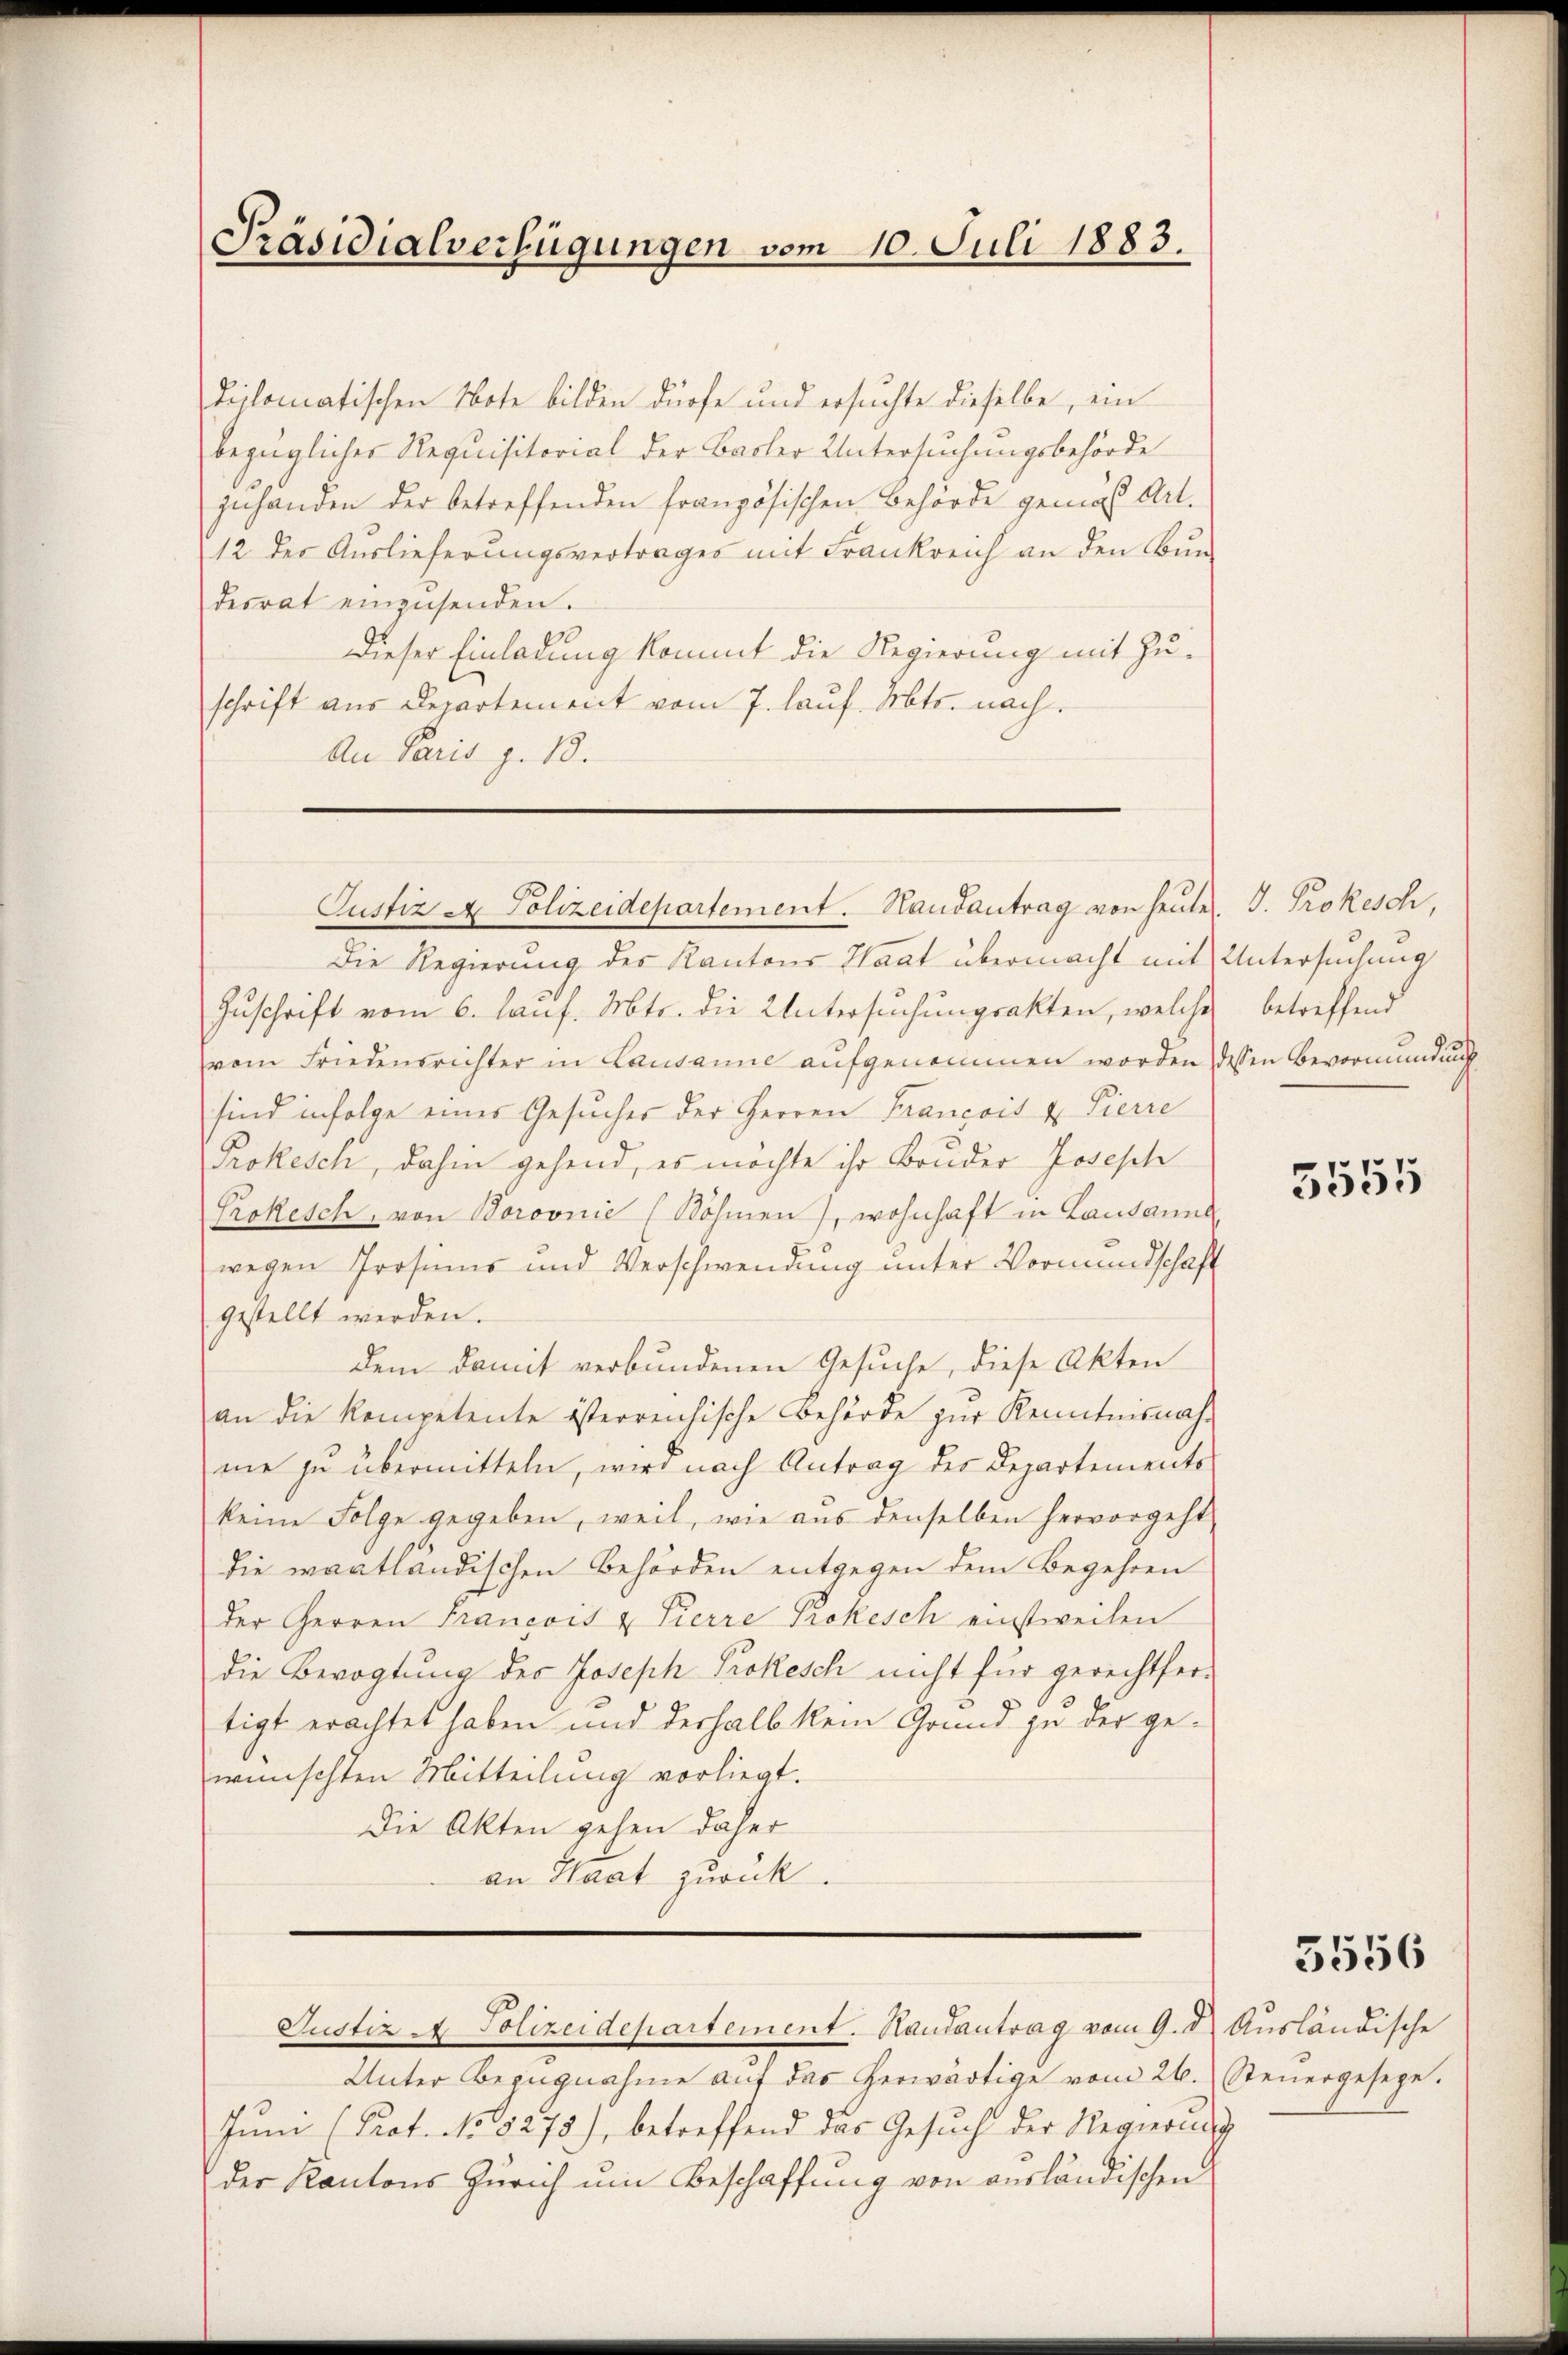
diplomatischen Note bilden dürfe und ersuchte dieselbe, ein
bezüglicher Requisitorial der Basler Untersuchungsbehörde
zuhanden der betreffenden französischen Behörde gemäß Art.
12 der Auslieferungsvertrages mit Frankreich an den Bun-
desrat einzusenden.
Dieser Einladung kommt die Regierung mit Zuschrift aus Departement vom 7. lauf. Mts. nach.
An Paris z. 18.
Die Regierung des Kantons Staat übermacht mit Untersuchung
Zuschrift vom 6. lauf. Mts. die Untersuchungsakten, welche betreffend
vom Friedensrichter in Lausanne aufgenommen worden dessen Bevormundung
sind infolge eines Gesucher der Herren Francois u Pierre
Prokesch, dahin gehend, es möchte ihr Bruder Joseph
Prokesch, von Boroonie (Böhmen), wohnhaft in Lausanne
wegen Prosens und Verschwendung unter Vormundschaft
gestellt werden.
dem damit verbundenen Gesuche, diese Akten
an die Kompetente österreichische Behörde zŭr Kenntnisnahme zu übermitteln, wird nach Antrag des Departements
keine Folge gegeben, weil, wie aus denselben hervorgeht,
die waatländischen Behörden entgegen dem Begehren
der Herren Francois u Pierre Prokesch einstweilen
die Bevogtung des Joseph Prokesch nicht für gerechtfertigt erachtet haben und derhalb kein Grund zu der gewünschten Mitteilung vorliegt.
Die Akten gehen daher
an Haat zurück.
Justiz - Polizeidepartement. Handantrag vom 9. d. Ausländische
Unter Bezugnahme auf das herwärtige vom 26. Steuergesege.
Jŭni (Prot. No. 8278), betreffend das Gesŭch der Regierŭng
der Kantons Zürich um Beschaffung von ausländischen

Präsidialverfügungen vom 10. Juli 1883.

Justiz & Polizeidepartement. Hausantrag von heute. J. Prokesch,

5555

5556